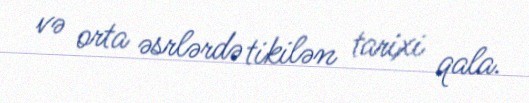
və orta əsrlərdə tikilən tarixi qala.